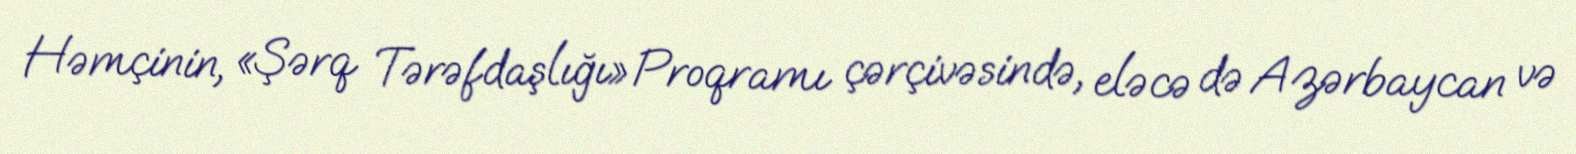
Həmçinin, «Şərq Tərəfdaşlığı» Proqramı çərçivəsində, eləcə də Azərbaycan və